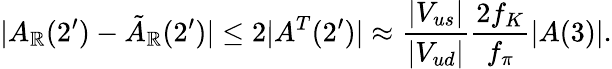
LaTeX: |A_{\mathbb{R}}(2^{\prime})-\tilde{{A}}_{\mathbb{R}}(2^{\prime})|\leq2|A^{T}(2^{\prime})|\approx\frac{{|V_{us}|}}{{|V_{ud}|}}\frac{{2f_{K}}}{{f_{\pi}}}|A(3)|.